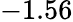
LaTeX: -1.56